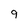
Character: 9